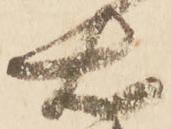
右